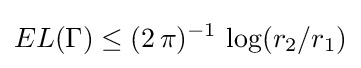
EL(\Gamma )\leq (2\,\pi )^{-1}\,\log(r_{2}/r_{1})